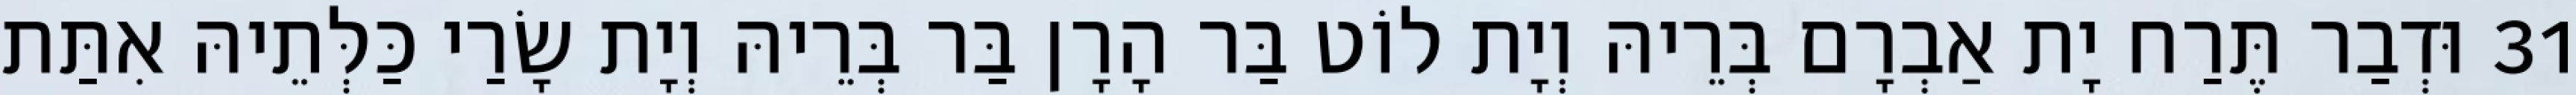
31 וּדְבַר תֶּרַח יָת אַבְרָם בְּרֵיהּ וְיָת לוֹט בַּר הָרָן בַּר בְּרֵיהּ וְיָת שָׂרַי כַּלְּתֵיהּ אִתַּת